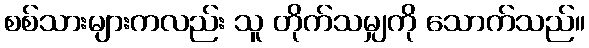
စစ်သားများကလည်း သူ တိုက်သမျှကို သောက်သည်။